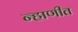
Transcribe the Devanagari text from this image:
न्हाणीत